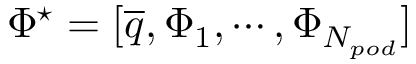
\Phi ^ { \star } = [ \overline { { q } } , \Phi _ { 1 } , \cdots , \Phi _ { N _ { p o d } } ]